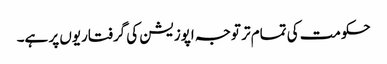
حکومت کی تمام تر توجہ اپوزیشن کی گرفتاریوں پر ہے۔